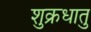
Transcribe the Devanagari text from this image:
शुक्रधातु